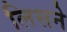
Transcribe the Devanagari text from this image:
लिसने